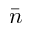
\bar { n }